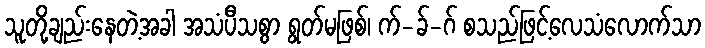
သူတို့ချည်းနေတဲ့အခါ အသံပီသစွာ ရွတ်မဖြစ်၊ က်-ခ်-ဂ် စသည်ဖြင့်လေသံလောက်သာ